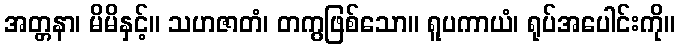
အတ္တနာ၊ မိမိနှင့်။ သဟဇာတံ၊ တကွဖြစ်သော။ ရူပကာယံ၊ ရုပ်အပေါင်းကို။